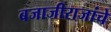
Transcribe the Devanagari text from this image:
बजाजीराजांचे